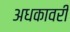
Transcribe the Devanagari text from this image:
अधकावरी